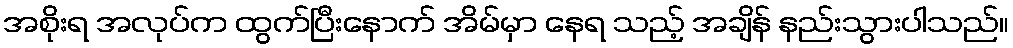
အစိုးရ အလုပ်က ထွက်ပြီးနောက် အိမ်မှာ နေရ သည့် အချိန် နည်းသွားပါသည်။